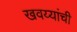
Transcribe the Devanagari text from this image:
खवय्यांची